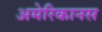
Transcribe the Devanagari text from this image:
अमेरिकानस